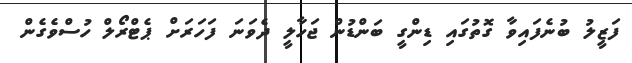
ފަޒީލު ބުނެފައިވާ ގޮތުގައި ޑިންގީ ބަންޑުން ޖަހާލީ ދެވަނަ ފަހަރަށް ޕެޓްރޯލް ހުސްވެގެން